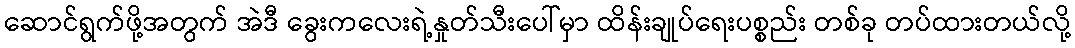
ဆောင်ရွက်ဖို့အတွက် အဲဒီ ခွေးကလေးရဲ့နှုတ်သီးပေါ်မှာ ထိန်းချုပ်ရေးပစ္စည်း တစ်ခု တပ်ထားတယ်လို့